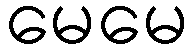
မေမေ